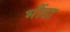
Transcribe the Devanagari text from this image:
भौंडा